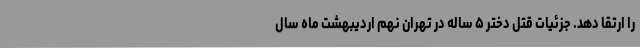
را ارتقا دهد. جزئیات قتل دختر ۵ ساله در تهران نهم اردیبهشت ماه سال